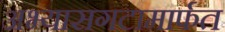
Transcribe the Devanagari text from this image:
अभ्यासगटामार्फत